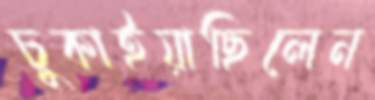
চুকাইয়াছিলেন